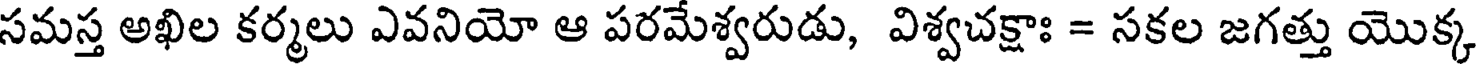
సమస్త అఖిల కర్మలు ఎవనియో ఆ పరమేశ్వరుడు, విశ్వచక్షాః = సకల జగత్తు యొక్క